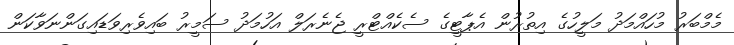
މެމްބަރު މުހައްމަދު މަލީހުގެ އިތުރުން އެޕާޓީގެ ސެކެއްޓްރީ ޖެނެރަލް އަހުމަދު ސަމީރު ބައިވެރިވަޑައިގަންނަވާކަން